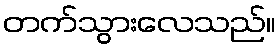
တက်သွားလေသည်။